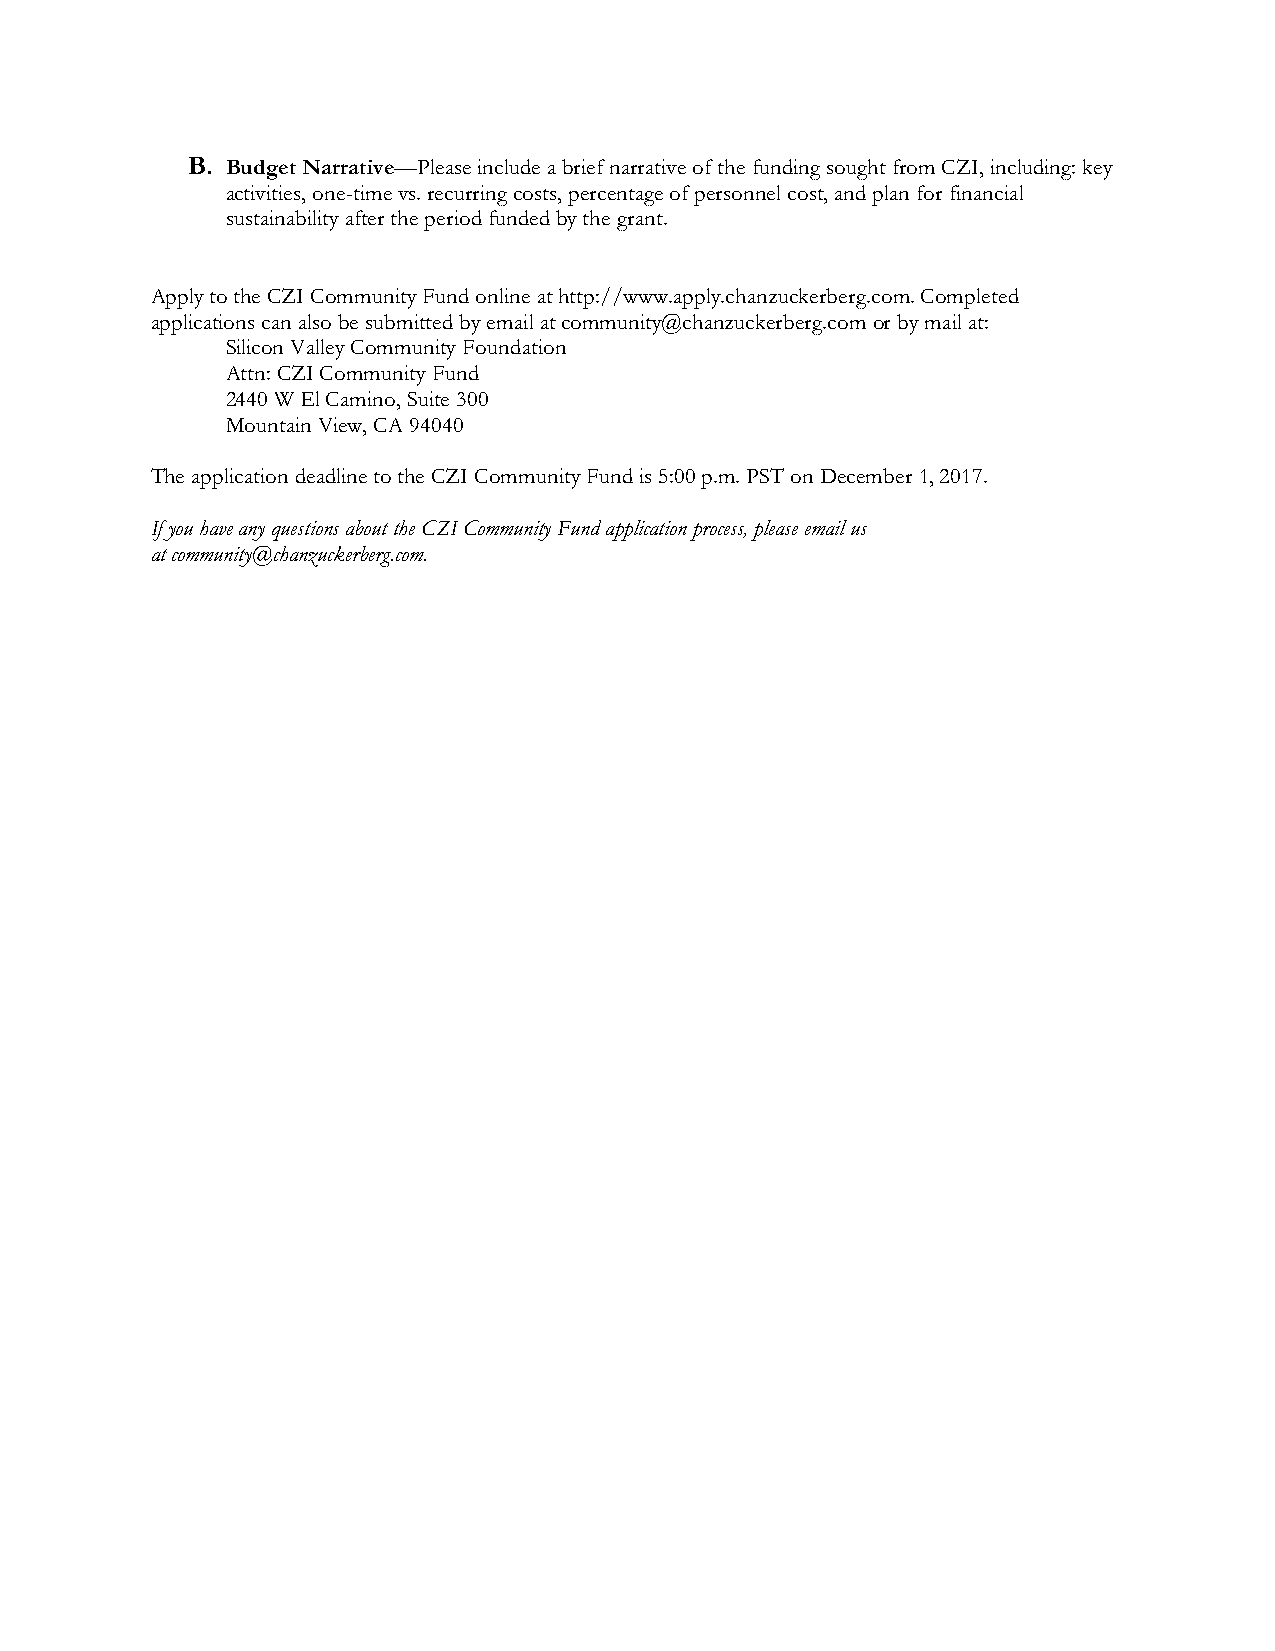
B. Budget Narrative—Please include a brief narrative of the funding sought from CZI, including: key
 activities, one-time vs. recurring costs, percentage of personnel cost, and plan for financial
 sustainability after the period funded by the grant.
 Apply to the CZI Community Fund online at http://www.apply.chanzuckerberg.com. Completed
 applications can also be submitted by email at community@chanzuckerberg.com or by mail at:
 Silicon Valley Community Foundation
 Attn: CZI Community Fund
 2440 W El Camino, Suite 300
 Mountain View, CA 94040
 The application deadline to the CZI Community Fund is 5:00 p.m. PST on December 1, 2017.
 If you have any questions about the CZI Community Fund application process, please email us
 at community@chanzuckerberg.com.